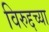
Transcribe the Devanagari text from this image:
विरुद्दच्या